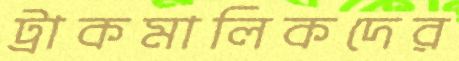
ট্রাকমালিকদের